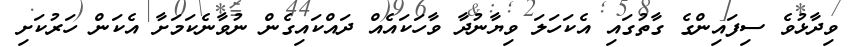
ވިދާޅުވެ ސިފައިންގެ ގާތުގައި އެކަހަލަ ވިޔާނުދާ ވާހަކައެއް ދައްކައިގެން ނުވާނެކަމަށާ އެކަން ހަރުކަށި